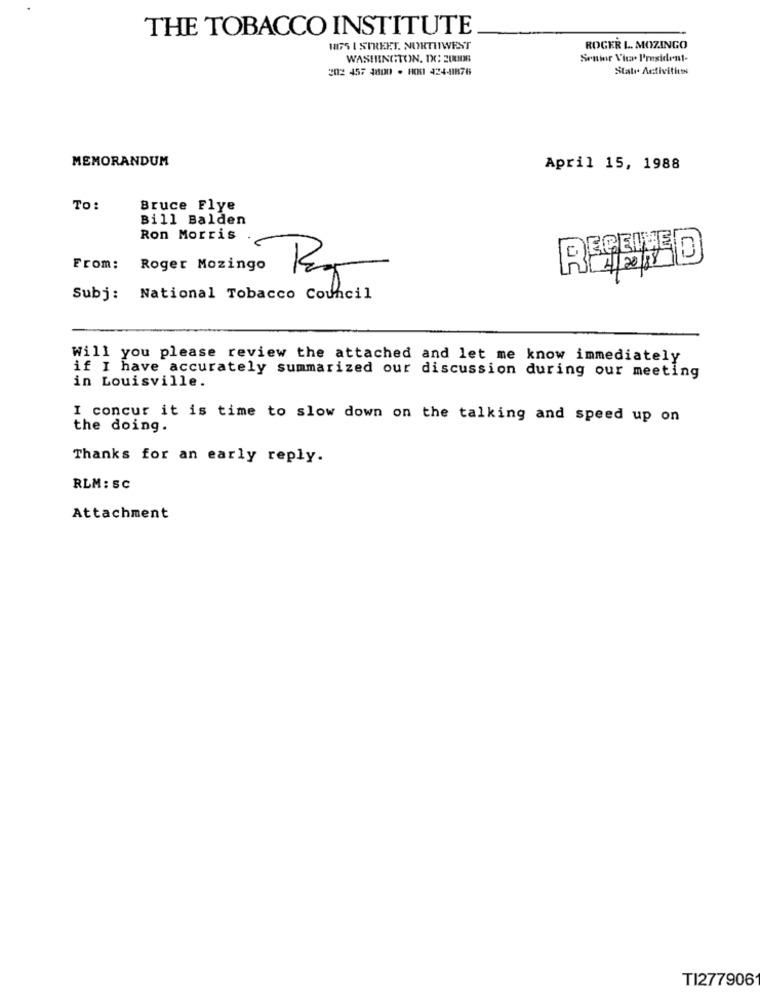
THE TOBACCO INSTITUTE
1875 I STREET. NORTHWEST
ROGER L. MOZINGO
WASHINGTON, IX: 20006
Senior Visa. I'resident-
202 457 4800 · HONI 424-41876
State Activities
MEMORANDUM
April 15, 1988
TO:
Bruce Flye
Bill Balden
Ron Morris
From:
Roger Mozingo
Subj: National Tobacco Council
Will you please review the attached and let me know immediately
if I have accurately summarized our discussion during our meeting
in Louisville.
I concur it is time to slow down on the talking and speed up on
the doing.
Thanks for an early reply.
RLM: SC
Attachment
TI277906